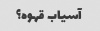
آسیاب قهوه؟